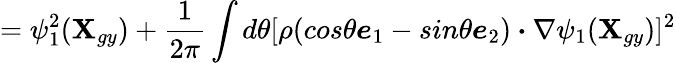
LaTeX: =\psi_{1}^{2}(\textbf{X}_{gy})+\frac{1}{2\pi}\int d\theta[\rho(cos\theta\boldsymbol{e}_{1}-sin\theta\boldsymbol{e}_{2})\boldsymbol{\cdot}\nabla\psi_{1}(\textbf{X}_{gy})]^{2}